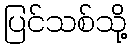
ပြင်သစ်သို့